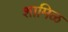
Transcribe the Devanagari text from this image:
शामिळ